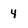
Character: 4